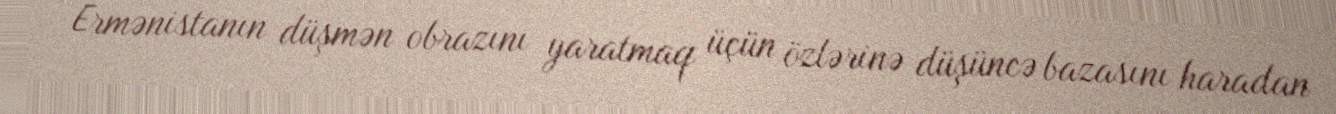
Ermənistanın düşmən obrazını yaratmaq üçün özlərinə düşüncə bazasını haradan